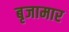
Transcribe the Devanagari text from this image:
बृजामार